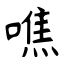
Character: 噍